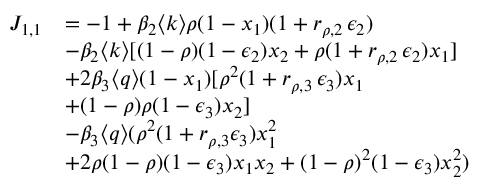
\begin{array} { r l } { J _ { 1 , 1 } } & { = - 1 + \beta _ { 2 } \langle k \rangle \rho ( 1 - x _ { 1 } ) ( 1 + r _ { \rho , 2 } \, \epsilon _ { 2 } ) } \\ & { - \beta _ { 2 } \langle k \rangle [ ( 1 - \rho ) ( 1 - \epsilon _ { 2 } ) x _ { 2 } + \rho ( 1 + r _ { \rho , 2 } \, \epsilon _ { 2 } ) x _ { 1 } ] } \\ & { + 2 \beta _ { 3 } \langle q \rangle ( 1 - x _ { 1 } ) [ \rho ^ { 2 } ( 1 + r _ { \rho , 3 } \, \epsilon _ { 3 } ) x _ { 1 } } \\ & { + ( 1 - \rho ) \rho ( 1 - \epsilon _ { 3 } ) x _ { 2 } ] } \\ & { - \beta _ { 3 } \langle q \rangle ( \rho ^ { 2 } ( 1 + r _ { \rho , 3 } \epsilon _ { 3 } ) x _ { 1 } ^ { 2 } } \\ & { + 2 \rho ( 1 - \rho ) ( 1 - \epsilon _ { 3 } ) x _ { 1 } x _ { 2 } + ( 1 - \rho ) ^ { 2 } ( 1 - \epsilon _ { 3 } ) x _ { 2 } ^ { 2 } ) } \end{array}